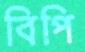
বিপি